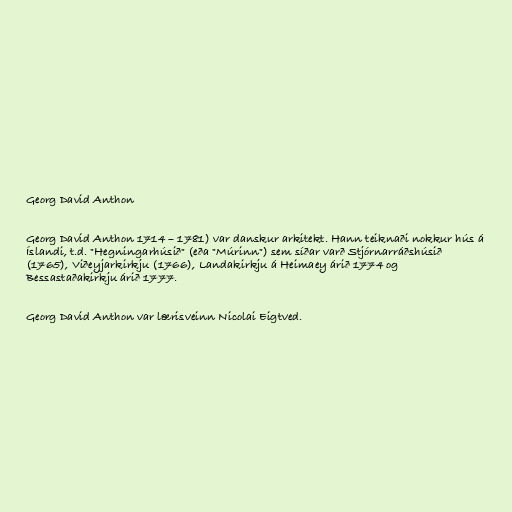
Georg David Anthon

Georg David Anthon 1714 – 1781) var danskur arkitekt. Hann teiknaði nokkur hús á
Íslandi, t.d. "Hegningarhúsið" (eða "Múrinn") sem síðar varð Stjórnarráðshúsið
(1765), Viðeyjarkirkju (1766), Landakirkju á Heimaey árið 1774 og
Bessastaðakirkju árið 1777.

Georg David Anthon var lærisveinn Nicolai Eigtved.